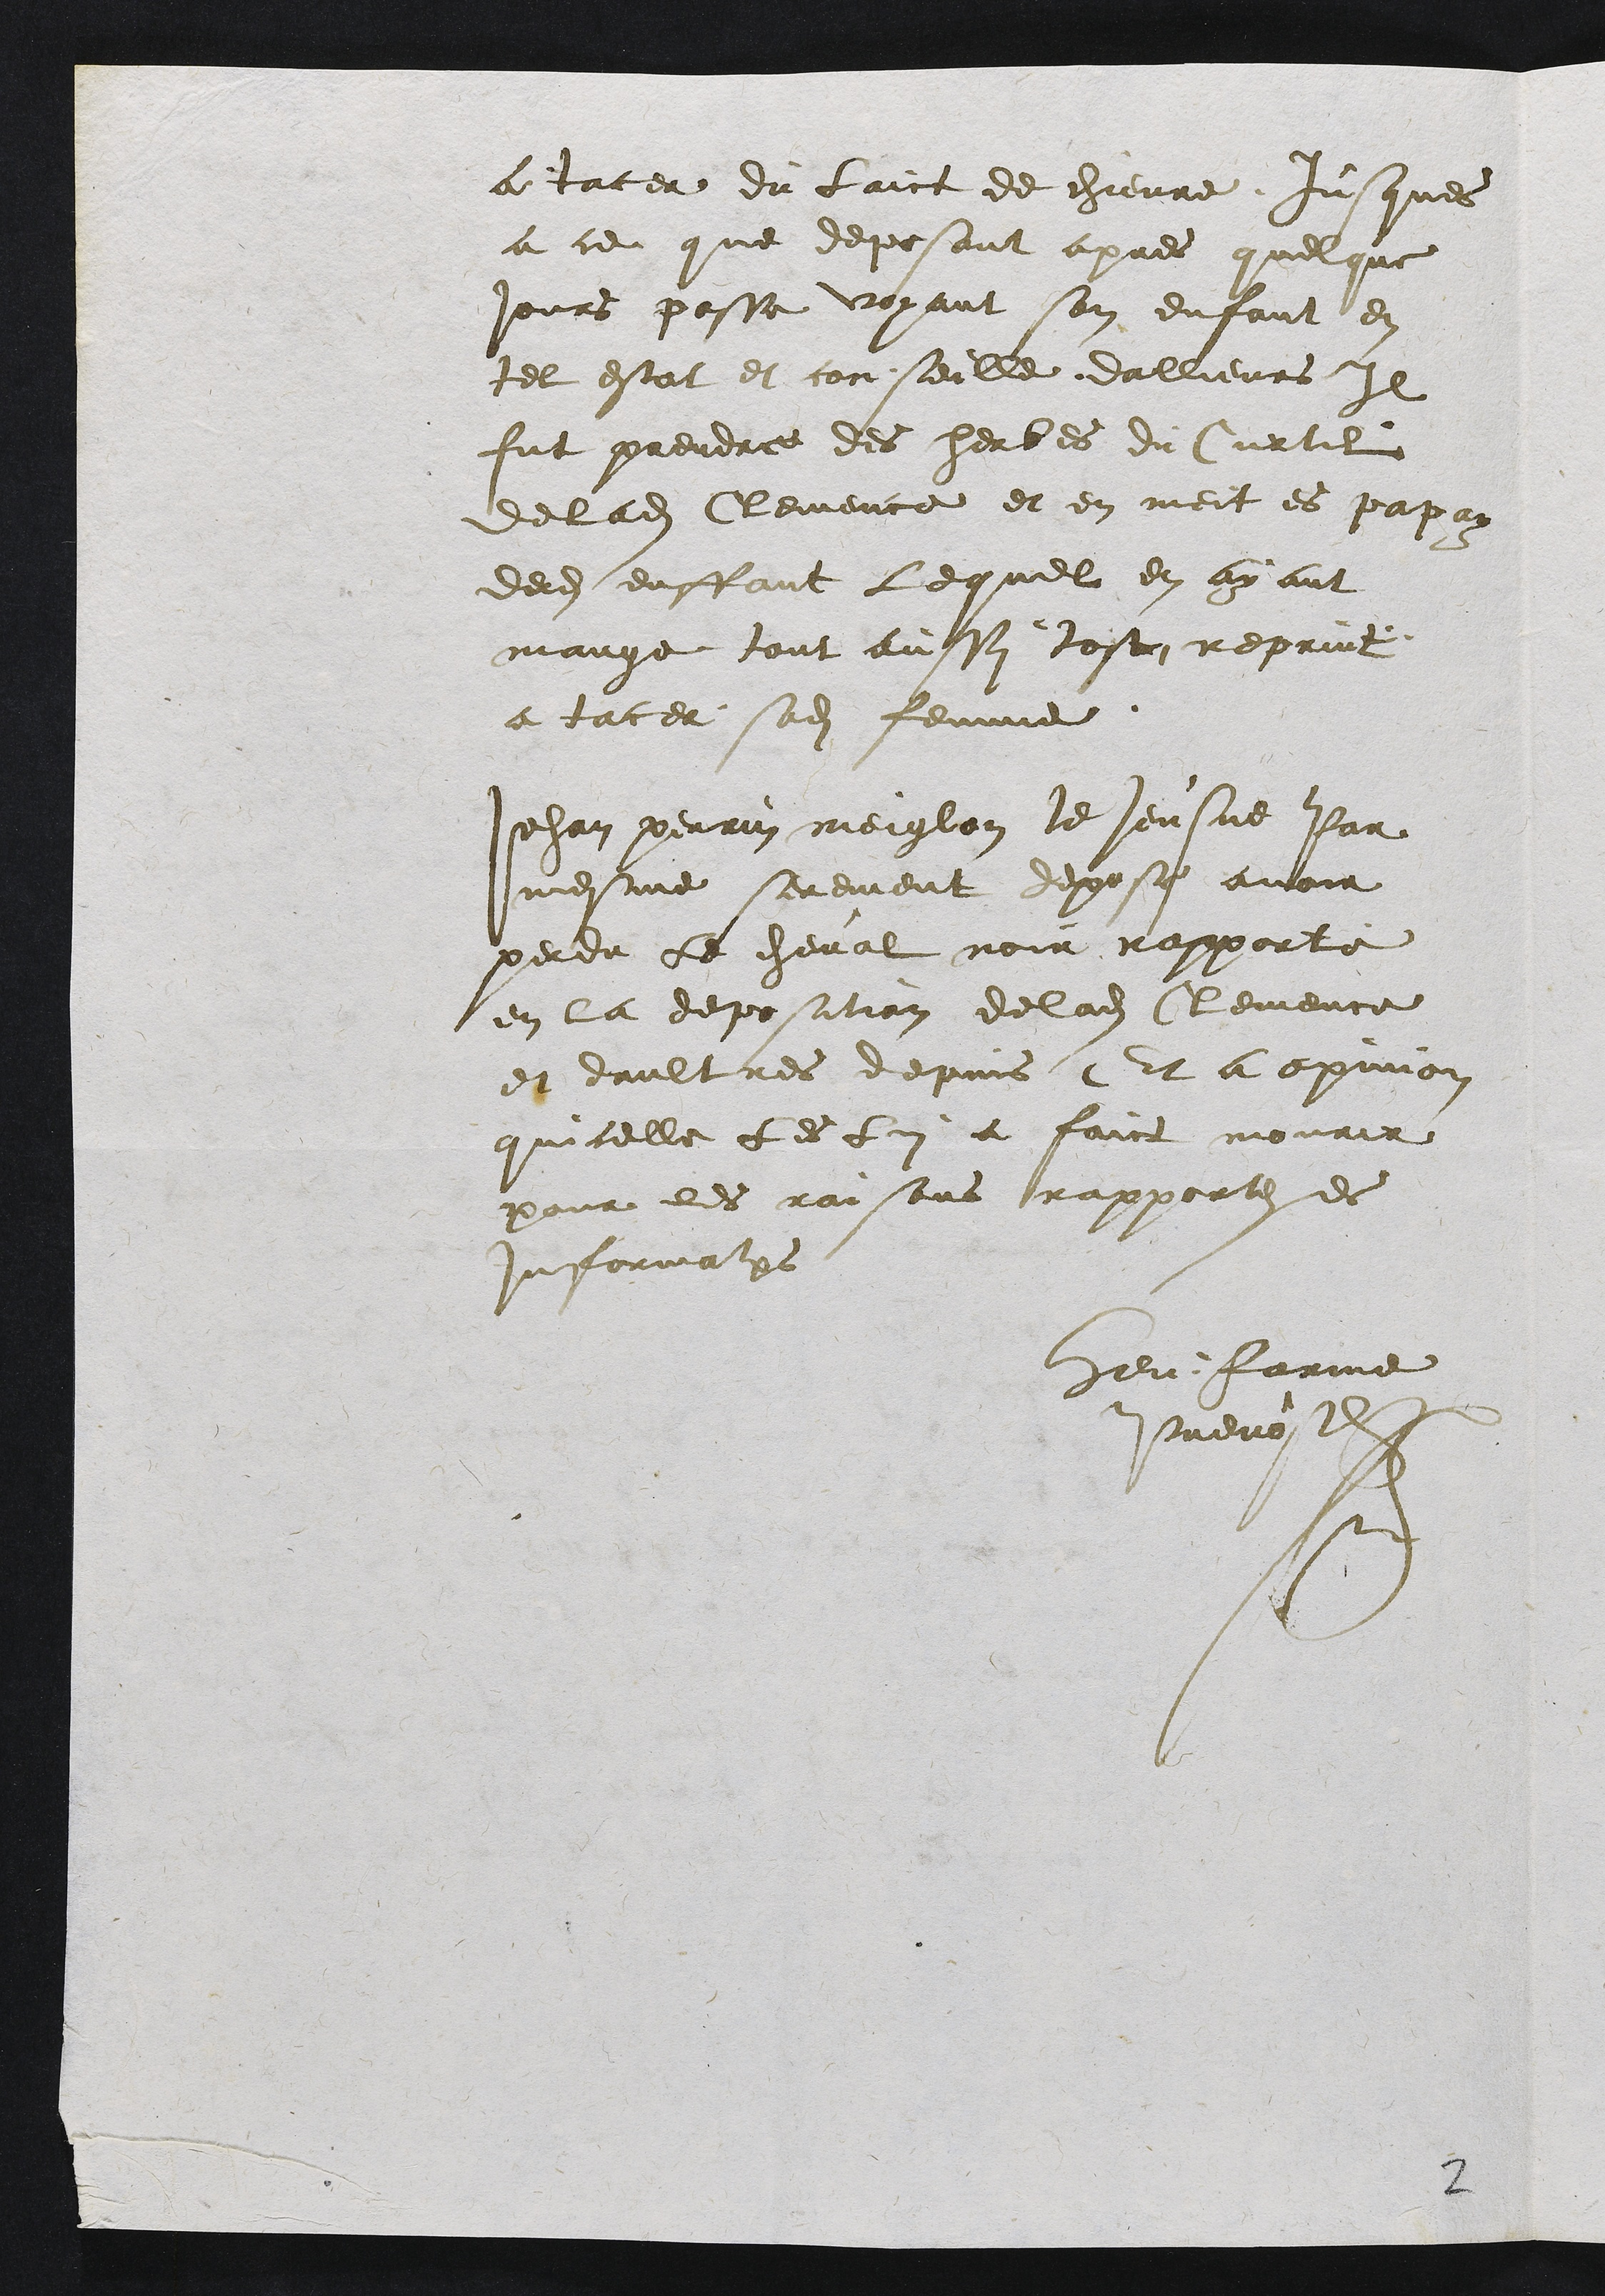
a tater du laict de chievre jusques
a ce que deposant apres quelque
jours passe voyant son enfant en
tel estat et conseille dallieurs Il
fut prendre des herbes du Curtil
de ladite Clemence et en meit es papay
dedit enffant lequel en ayant
mange tout aussy tost reprint
a tacer sadite femme
Jehan perrin meiglon le Jeusne Par
mesme serement depose avoir
perdu le cheval noir rapporte
en la deposation de ladite Clemence
et daultres depuis Et a opinion
quicelle les lui a faict mourir
pour les raisons rapportes es
Informations
Hen: Farine
Prevost